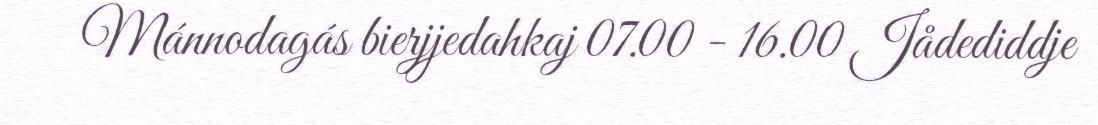
Mánnodagás bierjjedahkaj 07.00 - 16.00 Jådediddje